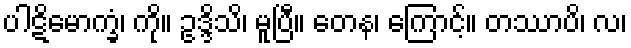
ပါဋိမောက္ခံ၊ ကို။ ဥဒ္ဒိသိ၊ မူပြီ။ တေန၊ ကြောင့်။ တဿာပိ၊ လ၊